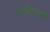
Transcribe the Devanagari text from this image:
स्पर्शसंचारी